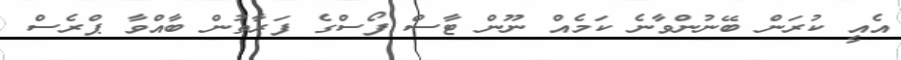
އެއީ ކުރަން ބޭނުންވާނެ ކަމެއް ނޫން ޓާސް ފޯސްގެ ފަރާތުން ބާއްވާ ޕްރެސް